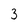
Character: 3